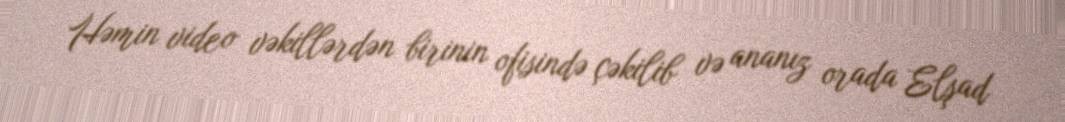
Həmin video vəkillərdən birinin ofisində çəkilib və ananız orada Elşad